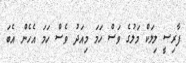
ފާރިސީ ލިލަކް މަލުގެ ވަސް ހަމަ މިއަދު ވެސް ހަމަ އެހެން އެބަ